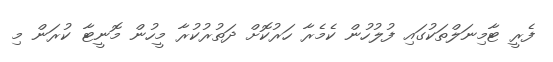
ފެރީ ޓާމިނަލްތަކުގައި ފުލުހުން ކެމެރާ ހަރުކޮށް ދަތުރުކުރާ މީހުން މޮނީޓާ ކުރަން މި